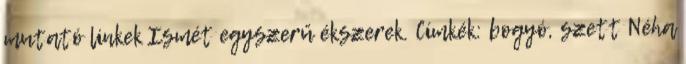
mutató linkek Ismét egyszerű ékszerek. Címkék: bogyó, szett Néha